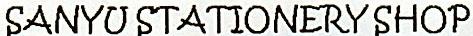
SANYU STATIONERY SHOP